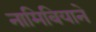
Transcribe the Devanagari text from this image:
नामिबियाने